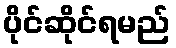
ပိုင်ဆိုင်ရမည်